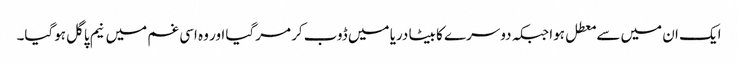
ایک ان میں سے معطل ہوا جبکہ دوسرے کا بیٹا دریا میں ڈوب کر مرگیا اور وہ اسی غم میں نیم پاگل ہوگیا۔